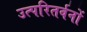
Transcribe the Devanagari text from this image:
उत्परितर्वनों